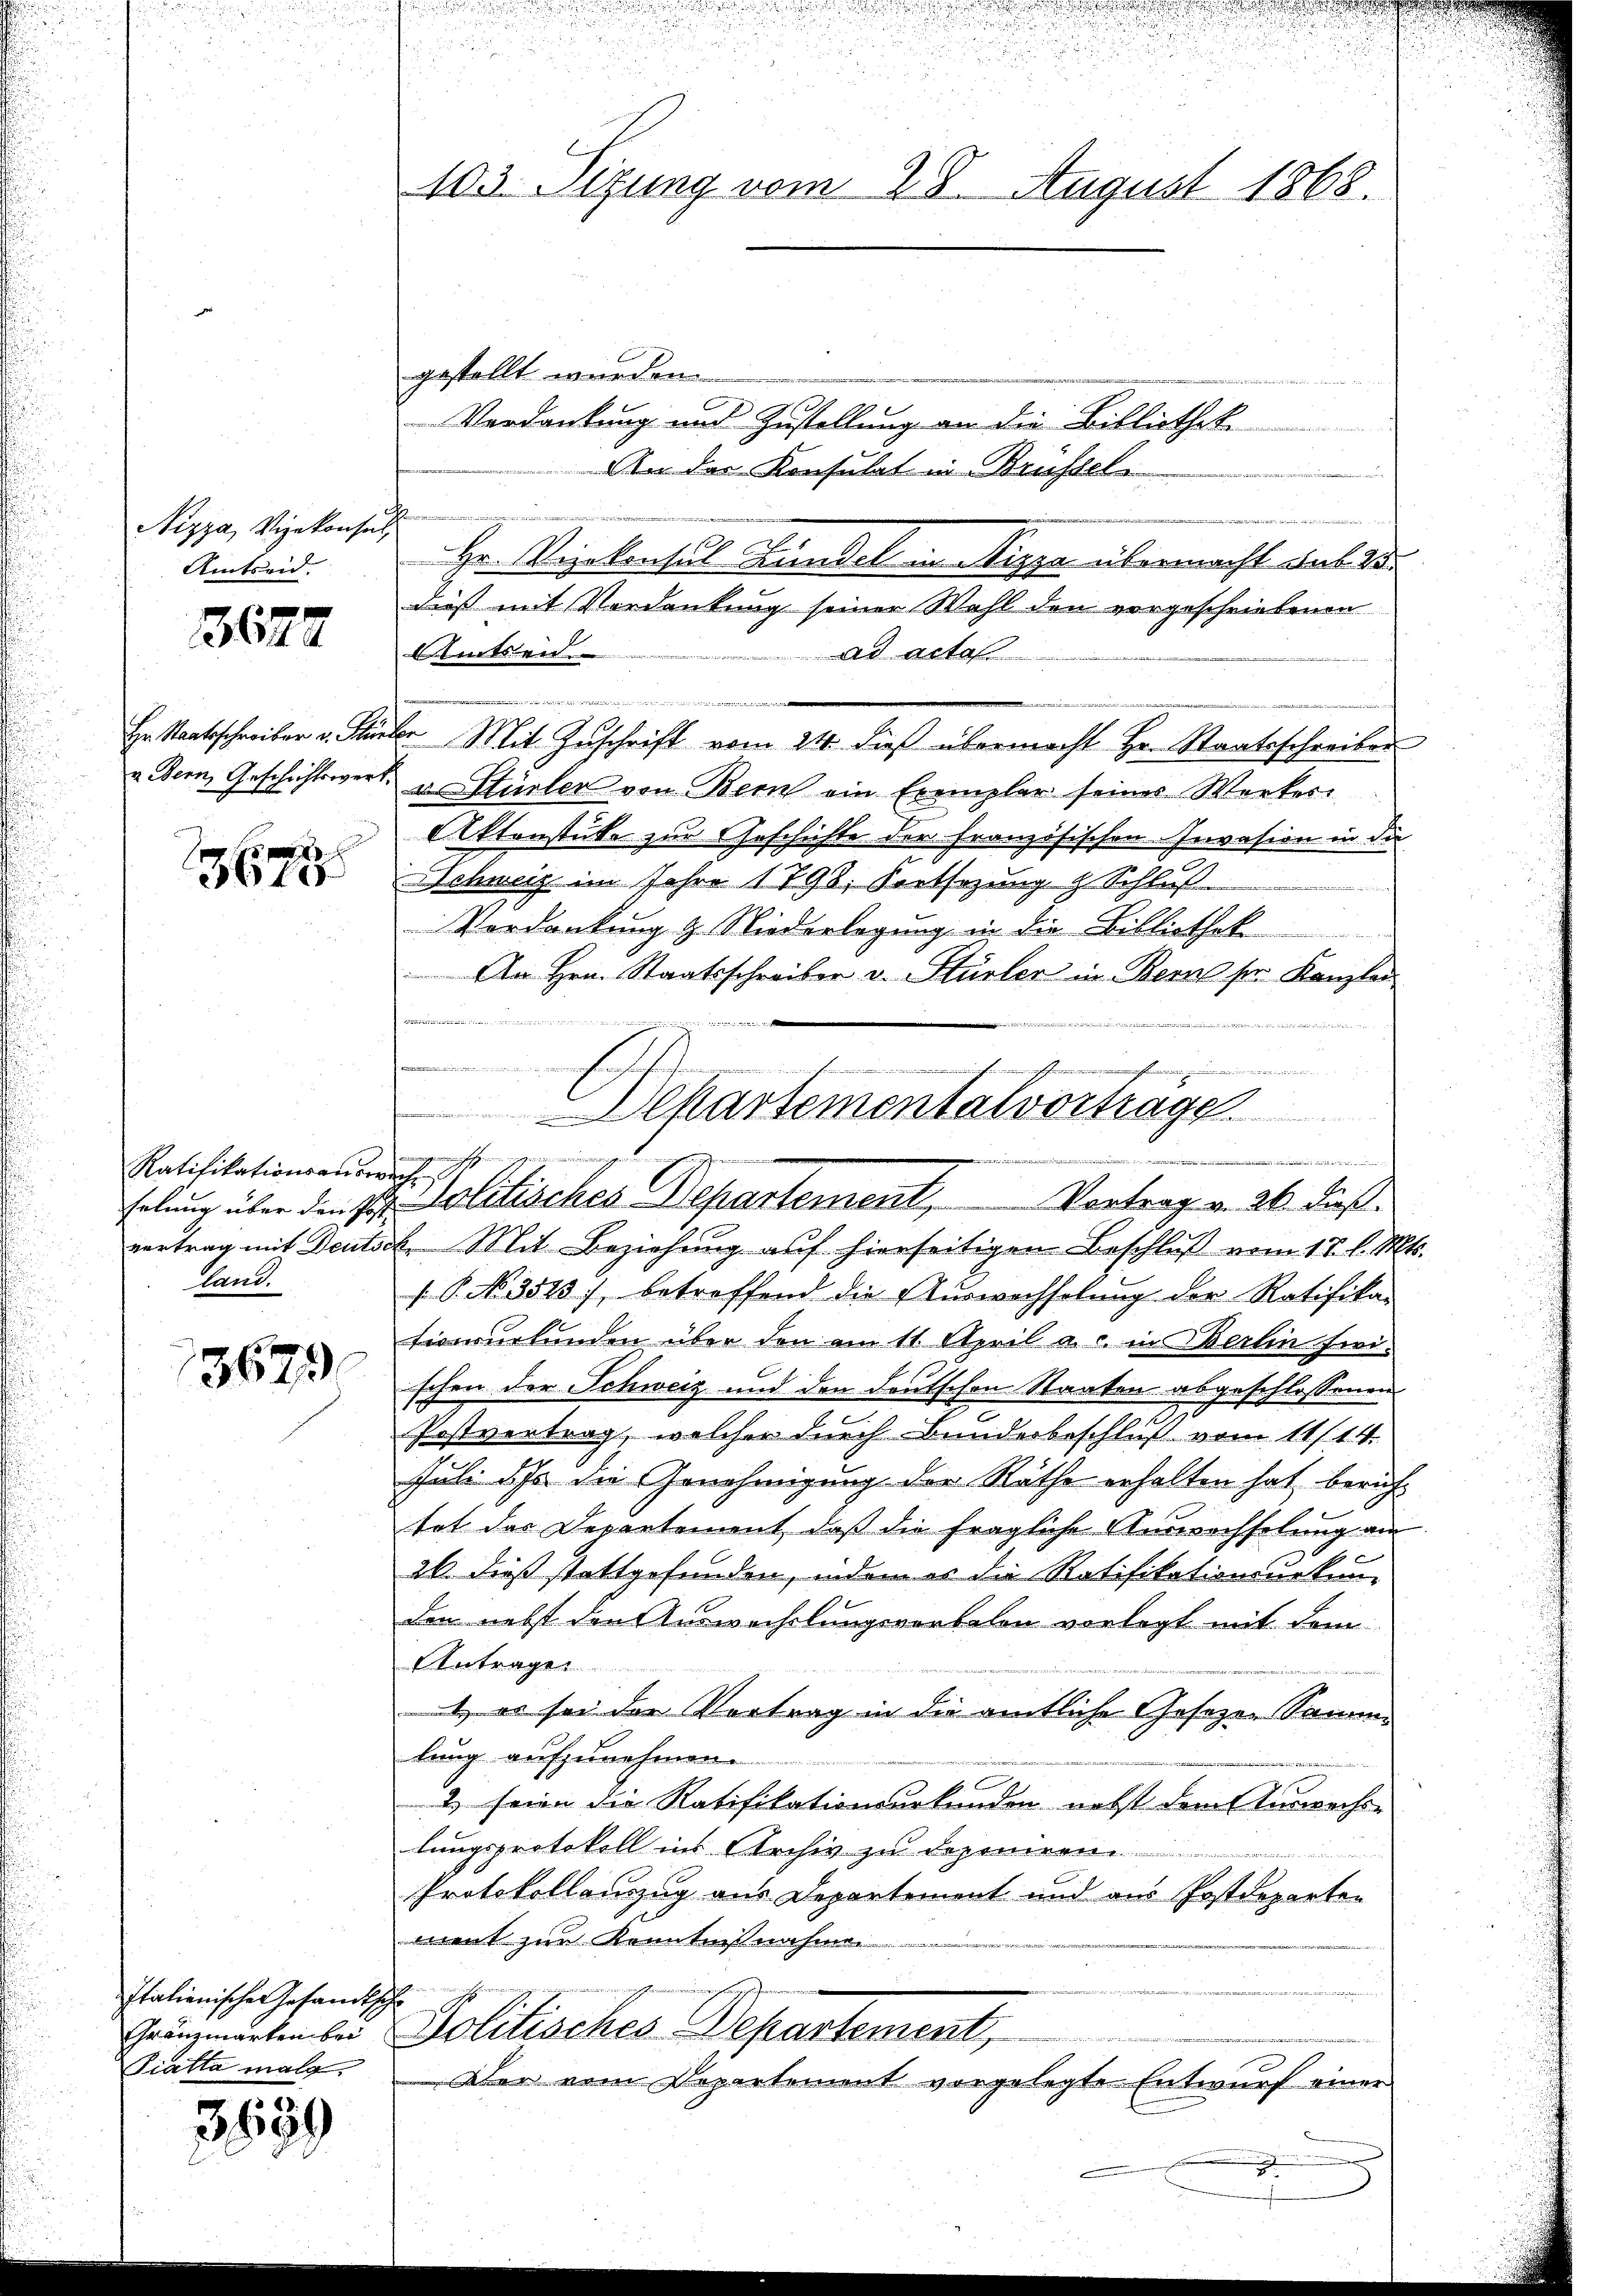
Nizza, Vizekonsen
Amtseid.

3672

Hr. Staatsschreiber v. Sti
v. Bern, Geschichtswer

Hite

Ratifikationsanordn
land.

3679

Italienische Gesandtsch
Gränzmarken bei
Piatta malg.

3639

103. Sitzung vom 28. August 1868.

vertrag mit Deutsch. Mit Beziehung auf hierseitigen Beschluß vom 17. l. Mts.
 P. No. 3573, betreffend die Auswachselung der Ratifika-
Eiverurkunden über den am 11. April a. c. in Oberlin frei-
schen der Schweiz und den deutschen Staaten abgeschlossenen
Postvertrag, welcher durch Bundesbeschluß vom 11/14.
Juli dass die Genehmigung der Räthe erhalten hat bericht
tot der Departement, daß die fragliche Auswechselung am
26 dieß stattgefunden, indem es die Ratifikationsurkunden nebst den Auswechslungsvorbelen vorlegt mit dem
Antrage
 es sei der Vortrag in die amtliche Gesezen Samme
lung aufzunehmen.
2) seien die Ratifikationsurkunden nebst dem Auswechse
lungsprotokoll ins Archiv zu deponiren.
dringenden
Protokollauszug aus Departement und aus Postdeparten
ment zur Kenntnißnahme.

gestellt wurden.
Verdankung und Zustellung an die Bibliothek
Rat der Konsulat in Brustel
Hr. Vizekonsul Feindel in Nizza übermacht des 13.
dieß mit Vordankung seiner Wahl den vorgeschriebenen
Aemten
ad acta

Er Mit Zuschrift vom 24. dieß übermacht Hr. Staatsschreiber
u. Stürler von Bern ein Exemplar seines Werker
Aktenstüke zur Geschichte der französischen Invasion in die
Schweiz im Jahre 1798, Fortsezung & Schluß
Verdankung & Niederlegung in die Bibliothek
An Hrn. Staatsschreiber v. Stürler in Bern sie Kanzler
e
s
.................

u
n

1
ekartementalvortrage
d
u
helung über den St. Politisches Departement, Vortrag v. 26. dieß.

Aber vom Departement vorgelegte Entwurf einer
.

Politisches Departement,